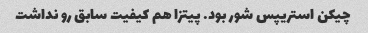
چیکن استریپس شور بود. پیتزا هم کیفیت سابق رو نداشت